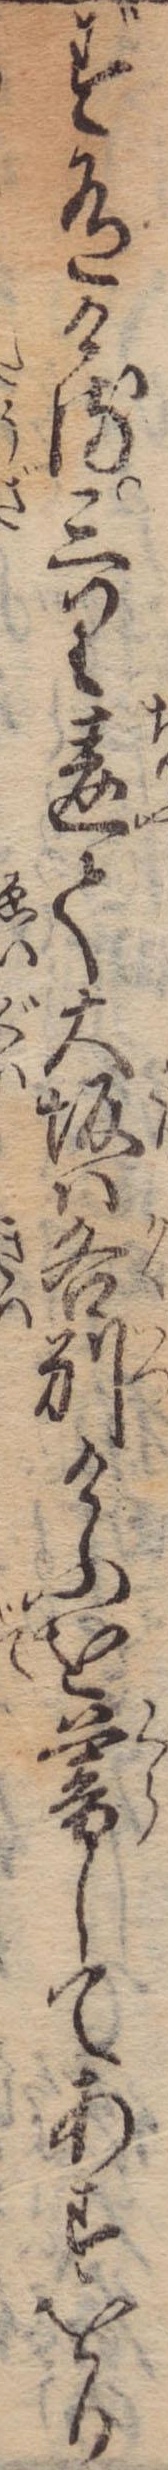
ず有ける三里違て大坂は各別けふを暮してあすをか